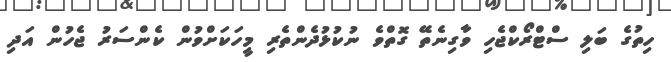
ހިތުގެ ބަލި ސްޓްރޯކްޖެހި ވާގިނެތޭ ގޮތްވެ ނުކުޅުދެންތެރި މީހަކަށްވުން ކެންސަރު ޖެހުން އަދި